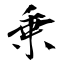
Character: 乗